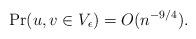
LaTeX: \begin{align*} \Pr(u, v \in V_\epsilon ) = O(n^{-9/4}). \end{align*}